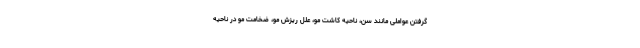
گرفتن عواملی مانند سن، ناحیه کاشت مو، علل ریزش مو، ضخامت مو در ناحیه